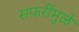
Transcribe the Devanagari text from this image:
सफरींमुळे